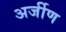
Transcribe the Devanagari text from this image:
अर्जीण